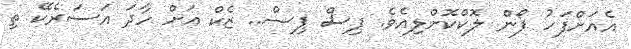
އެއަށްފަހު ފޯން ލޮކްކޮށްލިއެވެ. ޕިސް ޕިސް.. ޒެކް އަށް ހާދަ އަސަރެކޭ ތި